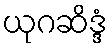
ယုဂဆိဒ္ဒံ